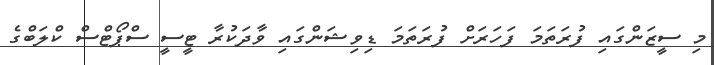
މި ސީޒަންގައި ފުރަތަމަ ފަހަރަށް ފުރަތަމަ ޑިވިޝަންގައި ވާދަކުރާ ޓީސީ ސްޕޯޓްސް ކްލަބްގެ